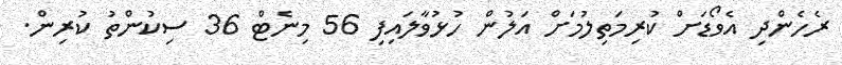
ރެހެންދި އެވޯޑަށް ކުރިމަތިލުމަށް އަލުން ހުޅުވާލައިފި 56 މިނެޓް 36 ސިކުންތު ކުރިން.